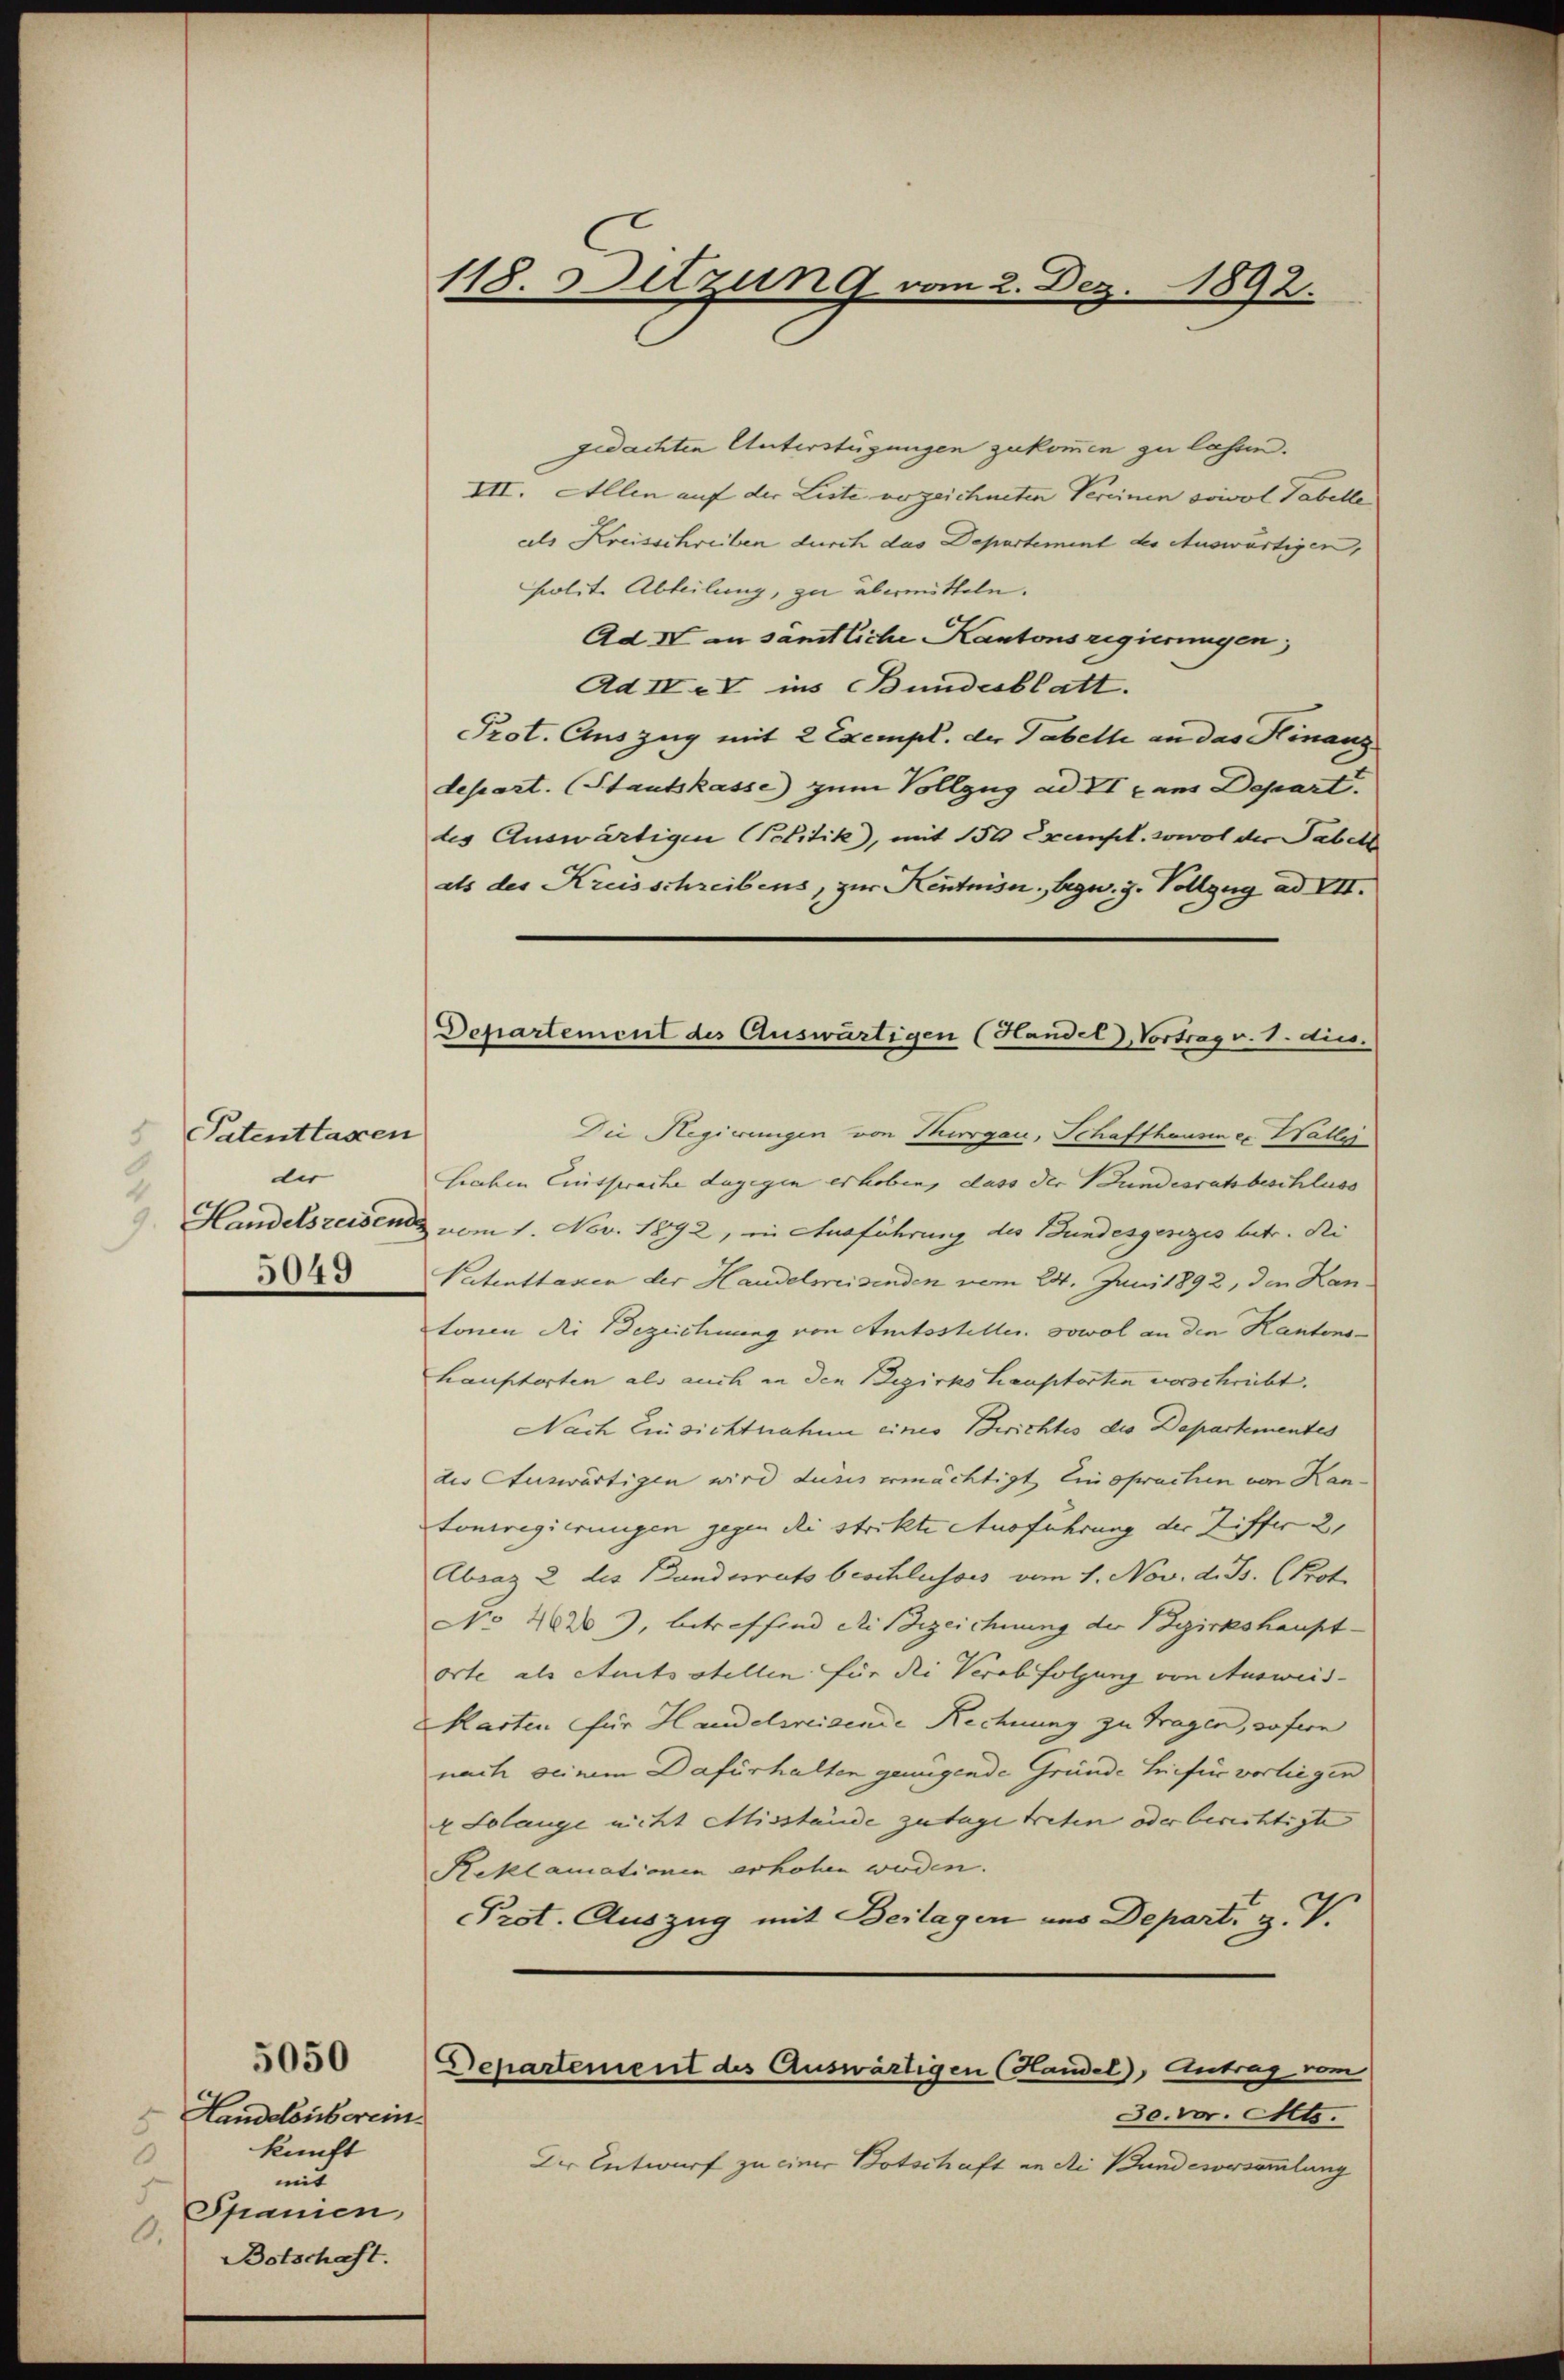
Patentlassen
8
der
4
). Handelsreisend
5049

Handelsüberein.
5
kunft
.
mit
Spanien,
.
Botschaft.

5050

118. Detzung vom 2. Dez. 1892.

Departement des Auswärtigen (Handel, Vortrag v. 8. dies.

gedachten Unterstügungen zukommen zu lassen.
VII. Allen auf der Liste vorzeichneten Vereinen sowol Tabelle
als Kreisschreiben durch das Departement der Auswärtigen,
polite Abteilung, zu übermitteln.
Ad IV an sämtliche Kantonsregierungen,
Ad IV e V ins Bundesblatt.
Prot. Auszug mit 2 Exempl. der Tabelle an das Hinanz
depart. (Staatskasse) zum Vollzug ad II x ans Depart.
des Auswärtigen Politik), mit 150 Exempl. sowol der Tabell
als des Kreisschreibens, zur Kentnis, begw. 3. Vollzug ad VII.
Die Regierungen von Thirsgau, Schaffhausen er Haller
Graben Einsprache dagegen erhoben, dass der Bundesratsbeschluss
vom 1. Nov. 1892, in Ausführung des Bundesgesezes tute. Di
Patenttaxen der Handelweisenden vom 24. Juni 1892, den Kantonen die Bezeichnung von Amtssteller. sowol an den Kantons-
hauptorten als auch in den Bezirkshauptorten vorschriebt.
Nach Einsichtnahme eines Berichtes die Departementes
dis Auswärtigen wird dusis ermächtigt ein sprachen von Kantonsregierungen gegen die strikte Ausführung der Ziffer 21
Absaz 2 des Bundesrats beschlusses vom 1. Nov. d. Js. (Prot.
No 402, betreffend die Bezeichnung der Bezirkshaupt-
orte als Amtsstellen für die Verabfolgung von Ausweis-
Karten für Handelweisende Rechnung zu Tragen, sofern
nach seinem Dafürhalten genügende Gründe hiefür vorliegen
 Solange nicht Misstände zutage treten oder berichtigte
Reklamationen erhohen werden.
Prot. Auszug mit Beilagen uns Depart, z. V.
Departement des Auswärtigen (Handel, Antrag vom
So. vor. Mts.
Der Entwurf zu einer Botschaft an die Bundesversammlung